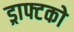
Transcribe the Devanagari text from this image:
ड्राफ्टको